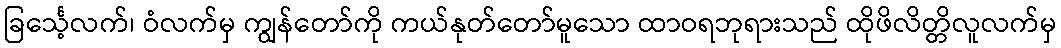
ခြင်္သေ့လက်၊ ဝံလက်မှ ကျွန်တော်ကို ကယ်နုတ်တော်မူသော ထာဝရဘုရားသည် ထိုဖိလိတ္တိလူလက်မှ